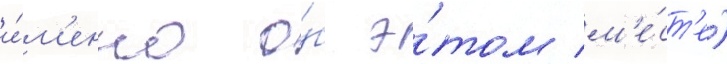
и́м'енно о́б э́том м'е́ст'е)